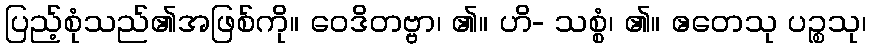
ပြည့်စုံသည်၏အဖြစ်ကို။ ဝေဒိတဗ္ဗာ၊ ၏။ ဟိ- သစ္စံ၊ ၏။ ဧတေသု ပဉ္စသု၊